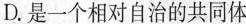
D.是一个相对自治的共同体